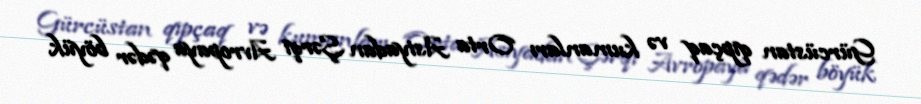
Gürcüstan qıpçaq və kumanları Orta Asiyadan Şərqi Avropaya qədər böyük